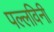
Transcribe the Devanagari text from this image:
पल्लविनी